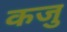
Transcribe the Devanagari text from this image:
कजु